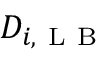
D _ { i , \mathrm { ~ L ~ B ~ } }